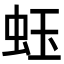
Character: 𧉣